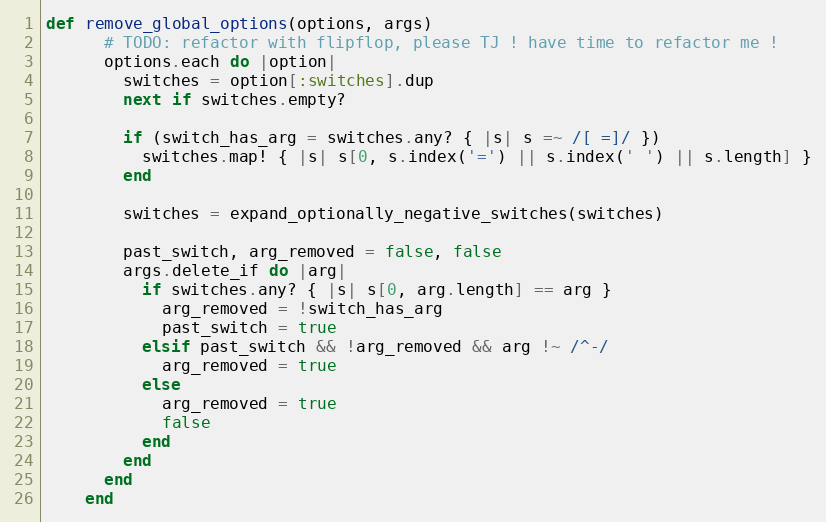
Language: Ruby
def remove_global_options(options, args)
      # TODO: refactor with flipflop, please TJ ! have time to refactor me !
      options.each do |option|
        switches = option[:switches].dup
        next if switches.empty?

        if (switch_has_arg = switches.any? { |s| s =~ /[ =]/ })
          switches.map! { |s| s[0, s.index('=') || s.index(' ') || s.length] }
        end

        switches = expand_optionally_negative_switches(switches)

        past_switch, arg_removed = false, false
        args.delete_if do |arg|
          if switches.any? { |s| s[0, arg.length] == arg }
            arg_removed = !switch_has_arg
            past_switch = true
          elsif past_switch && !arg_removed && arg !~ /^-/
            arg_removed = true
          else
            arg_removed = true
            false
          end
        end
      end
    end